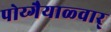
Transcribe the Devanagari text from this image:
पोय्गैयाळ्वार्